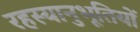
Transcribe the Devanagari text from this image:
रहस्यानुभूतियों